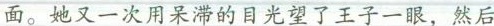
面。她又一次用呆滞的目光望了王子一眼，然后